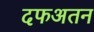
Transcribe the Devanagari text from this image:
दफअतन